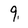
Character: 9